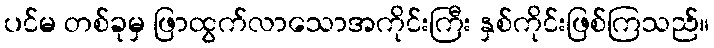
ပင်မ တစ်ခုမှ ဖြာထွက်လာသောအကိုင်းကြီး နှစ်ကိုင်းဖြစ်ကြသည်။